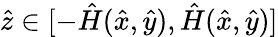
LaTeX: \hat{z}\in[-\hat{H}(\hat{x},\hat{y}),\hat{H}(\hat{x},\hat{y})]